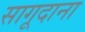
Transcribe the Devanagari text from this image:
सागूदाना